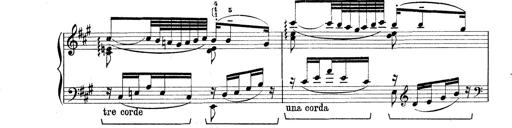
Title: Rapsodie: 19 ungheresi, 1 spagnuola
Composer: Franz Liszt